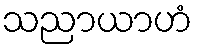
သညာယာဟံ